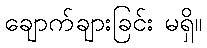
ချောက်ချားခြင်း မရှိ။